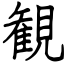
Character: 観